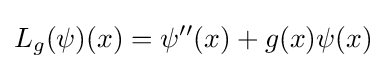
L_{g}(\psi )(x)=\psi ''(x)+g(x)\psi (x)